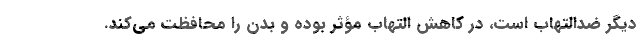
دیگر ضدالتهاب است، در کاهش التهاب مؤثر بوده و بدن را محافظت می‌کند.